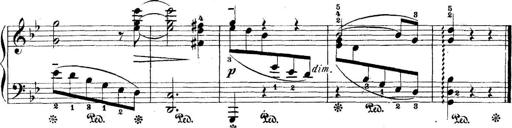
Title: 5 Sonatinas
Composer: Theodor Kirchner